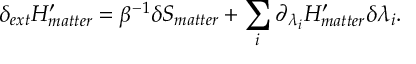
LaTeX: \delta _ { e x t } H _ { m a t t e r } ^ { \prime } = \beta ^ { - 1 } \delta S _ { m a t t e r } + \sum _ { i } \partial _ { \lambda _ { i } } H _ { m a t t e r } ^ { \prime } \delta \lambda _ { i } .